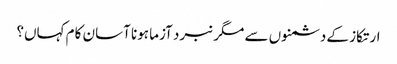
ارتکاز کے دشمنوں سے مگر نبرد آزما ہونا آسان کام کہاں؟